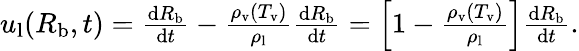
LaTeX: \begin{array}{r}{u_{\mathrm{l}}(R_{\mathrm{b}},t)=\frac{\mathrm dR_{\mathrm{b}}}{\mathrm dt}-\frac{\rho_{\mathrm{v}}\left(T_{\mathrm{v}}\right)}{\rho_{\mathrm{l}}}\frac{\mathrm dR_{\mathrm{b}}}{\mathrm dt}=\left[1-\frac{\rho_{\mathrm{v}}\left(T_{\mathrm{v}}\right)}{\rho_{\mathrm{l}}}\right]\frac{\mathrm dR_{\mathrm{b}}}{\mathrm dt}.}\end{array}